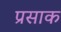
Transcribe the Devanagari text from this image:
प्रसाक